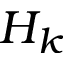
H _ { k }